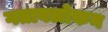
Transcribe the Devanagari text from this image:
गतावलोकन